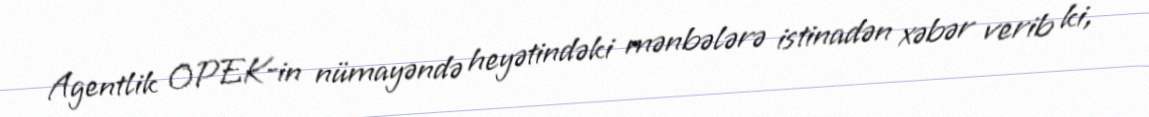
Agentlik OPEK-in nümayəndə heyətindəki mənbələrə istinadən xəbər verib ki,